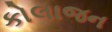
કોલાજન